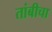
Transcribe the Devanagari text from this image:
तांबीचा